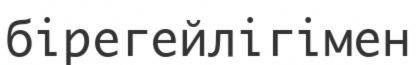
бірегейлігімен